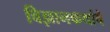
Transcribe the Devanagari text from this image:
विज्ञानकथांचे